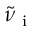
\tilde { \nu } _ { \mathrm { ~ i ~ } }